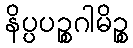
နိပ္ပပဉ္စဂါမိဉ္စ